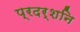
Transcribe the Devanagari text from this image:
प्रदर्शनि